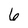
Character: 6